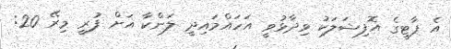
އެ ޕާޓީގެ އޮފިޝަލަކު ވިދާޅުވީ އަހައްމައިދީ ލަންކާ އަށް ފުރީ މިރޭ 20: